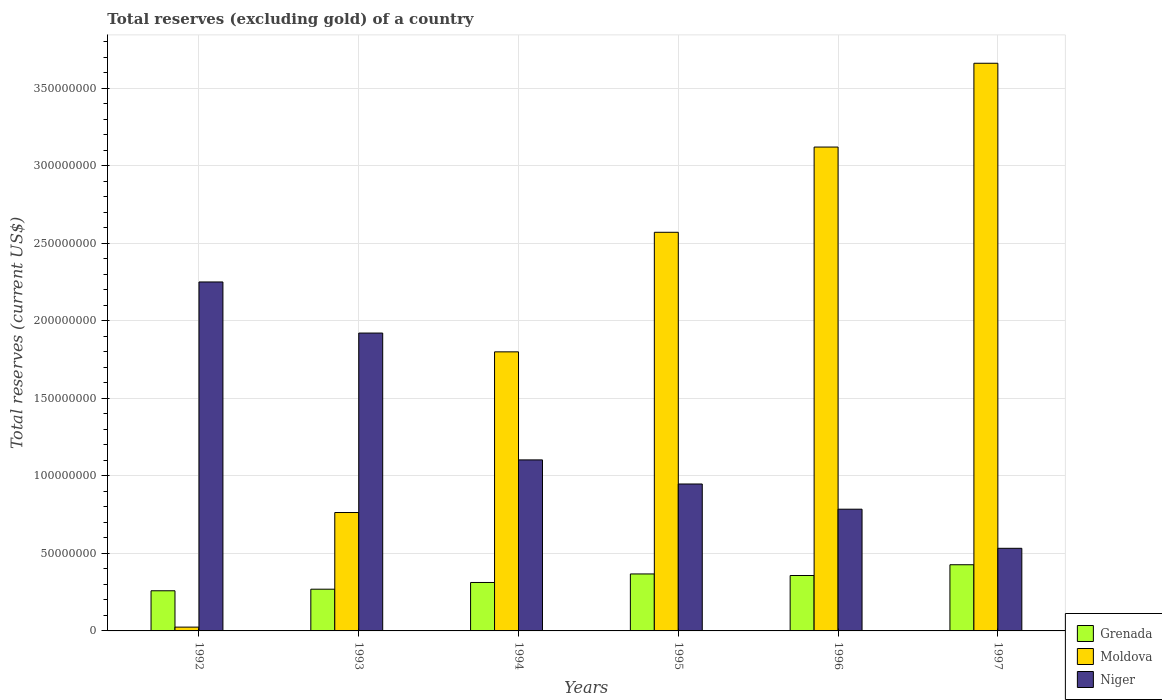
| Years | Grenada | Moldova | Niger |
 | --- | --- | --- | --- |
 | 1992 | 2.59e+07 | 2.45e+06 | 2.25e+08 |
 | 1993 | 2.69e+07 | 7.63e+07 | 1.92e+08 |
 | 1994 | 3.12e+07 | 1.8e+08 | 1.1e+08 |
 | 1995 | 3.67e+07 | 2.57e+08 | 9.47e+07 |
 | 1996 | 3.57e+07 | 3.12e+08 | 7.85e+07 |
 | 1997 | 4.27e+07 | 3.66e+08 | 5.33e+07 |